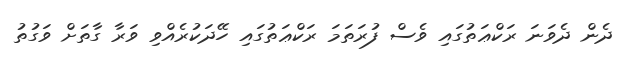
ދެން ދެވަނަ ރަކްޢަތުގައި ވެސް ފުރަތަމަ ރަކްޢަތުގައި ހޭދަކުރެއްވި ވަރާ ގާތަށް ވަގުތު